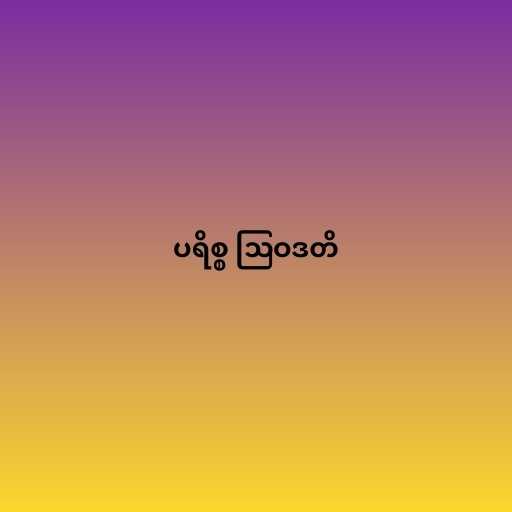
ပရိစ္စ ဩဝဒတိ